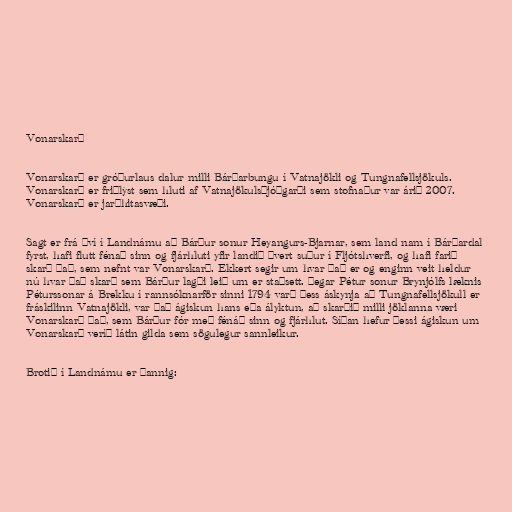
Vonarskarð

Vonarskarð er gróðurlaus dalur milli Bárðarbungu í Vatnajökli og Tungnafellsjökuls.
Vonarskarð er friðlýst sem hluti af Vatnajökulsþjóðgarði sem stofnaður var árið 2007.
Vonarskarð er jarðhitasvæði.

Sagt er frá því í Landnámu að Bárður sonur Heyangurs-Bjarnar, sem land nam í Bárðardal
fyrst, hafi flutt fénað sinn og fjárhluti yfir landið þvert suður í Fljótshverfi, og hafi farið
skarð það, sem nefnt var Vonarskarð. Ekkert segir um hvar það er og enginn veit heldur
nú hvar það skarð sem Bárður lagði leið um er staðsett. Þegar Pétur sonur Brynjólfs læknis
Péturssonar á Brekku í rannsóknarför sinni 1794 varð þess áskynja að Tungnafellsjökull er
fráskilinn Vatnajökli, var það ágiskun hans eða ályktun, að skarðið milli jöklanna væri
Vonarskarð það, sem Bárður fór með fénáð sinn og fjárhlut. Síðan hefur þessi ágiskun um
Vonarskarð veríð látin gilda sem sögulegur sannleikur.

Brotið í Landnámu er þannig: